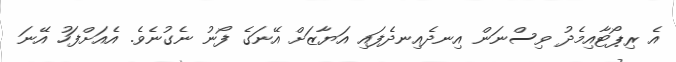
އެ ރިޕޯޓާއިމެދު ވިސްނަން އިނދެއިނދެފައި އަޔާޒަށް އޭނަގެ ފޯނު ނެގުނެވެ. އެއަށްފަހު އޭނަ